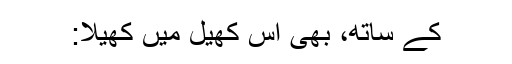
کے ساتھ، بھی اس کھیل میں کھیلا: